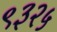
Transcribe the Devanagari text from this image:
९३२५